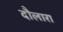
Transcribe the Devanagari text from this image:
दौलारा